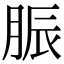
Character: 脤